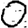
Digit: 0